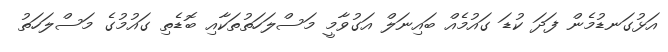
އަޅުގަނޑުމެން ފަދަ ކުޑަ ގައުމެއް ބައިނަލް އަގުވާމީ މަސްލަހަތުތަކާއި ބޮޑެތި ގައުމުގެ މަސްލަހަތު